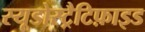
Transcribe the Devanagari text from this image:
स्यूडोस्ट्रैटिफ़ाइड